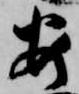
安